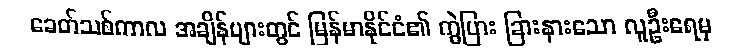
ခေတ်သစ်ကာလ အချိန်များတွင် မြန်မာနိုင်ငံ၏ ကွဲပြား ခြားနားသော လူဦးရေမှ